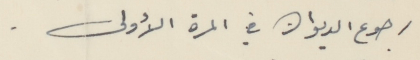
رجوع الديوان في المرة الأولى .